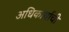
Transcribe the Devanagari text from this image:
अधिकार्याची